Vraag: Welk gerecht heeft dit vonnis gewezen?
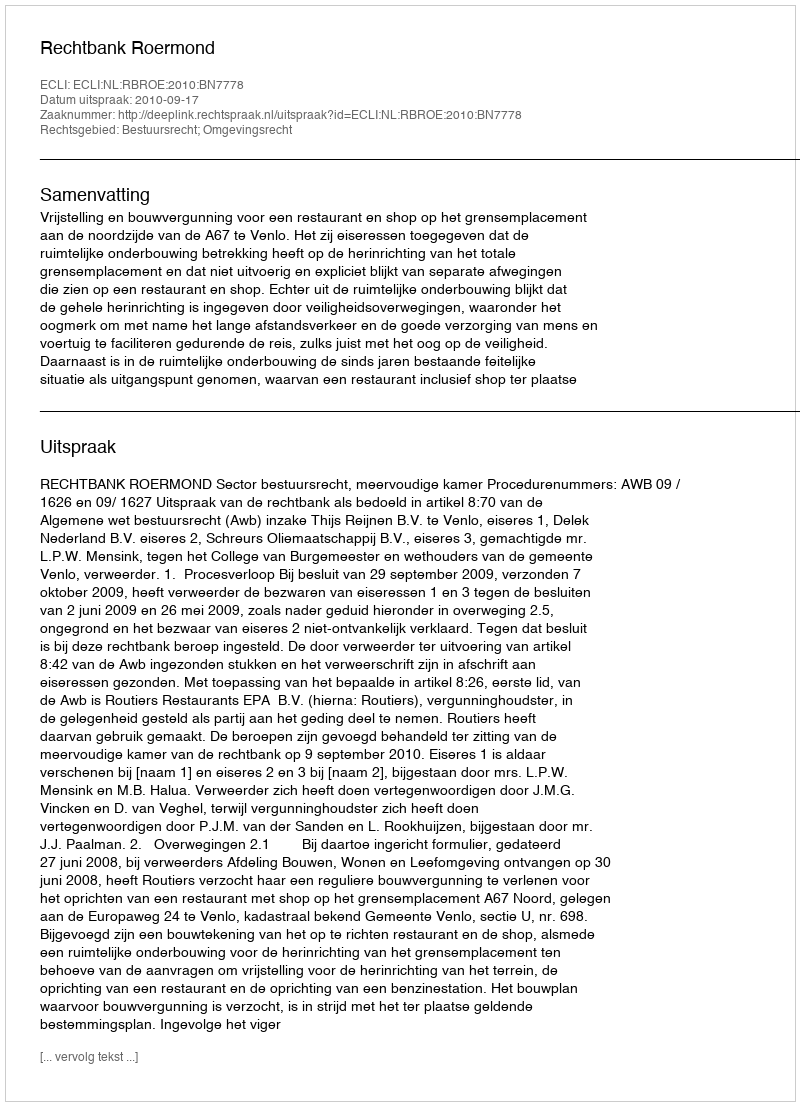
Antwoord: Rechtbank Roermond